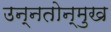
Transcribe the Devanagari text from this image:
उन्नतोन्मुख